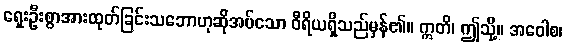
ရှေးဦးစွာအားထုတ်ခြင်းသဘောဟုဆိုအပ်သော ဝီရိယရှိသည်မှန်၏။ ဣတိ၊ ဤသို့။ အဝေါစ၊